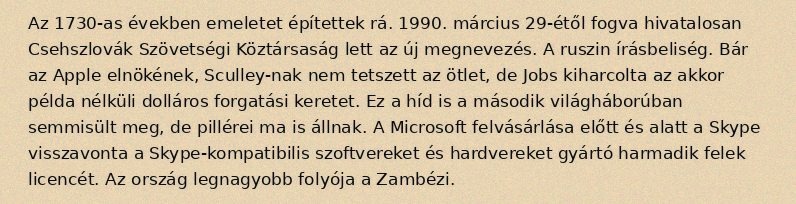
Az 1730-as években emeletet építettek rá. 1990. március 29-étől fogva hivatalosan Csehszlovák Szövetségi Köztársaság lett az új megnevezés. A ruszin írásbeliség. Bár az Apple elnökének, Sculley-nak nem tetszett az ötlet, de Jobs kiharcolta az akkor példa nélküli dolláros forgatási keretet. Ez a híd is a második világháborúban semmisült meg, de pillérei ma is állnak. A Microsoft felvásárlása előtt és alatt a Skype visszavonta a Skype-kompatibilis szoftvereket és hardvereket gyártó harmadik felek licencét. Az ország legnagyobb folyója a Zambézi.